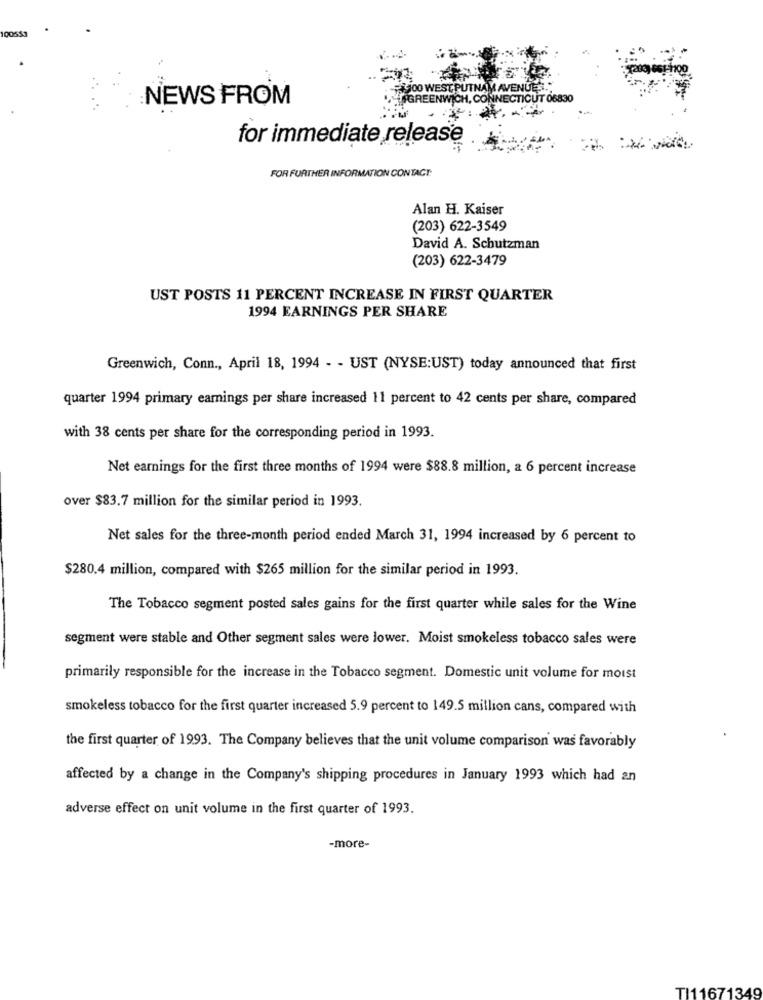
100553
100 WEST PUTNAM AVENUES."
NEWS FROM
NWICH, CONNECTICUT 06830
for immediate release
FOR FURTHER INFORMATION CONTAGT:
Alan H. Kaiser
(203) 622-3549
David A. Schutzman
(203) 622-3479
UST POSTS 11 PERCENT INCREASE IN FIRST QUARTER
1994 EARNINGS PER SHARE
Greenwich, Conn ., April 18, 1994 - - UST (NYSE:UST) today announced that first
quarter 1994 primary earnings per share increased 11 percent to 42 cents per share, compared
with 38 cents per share for the corresponding period in 1993.
Net earnings for the first three months of 1994 were $88.8 million, a 6 percent increase
over $83.7 million for the similar period in 1993.
Net sales for the three-month period ended March 31, 1994 increased by 6 percent to
$280.4 million, compared with $265 million for the similar period in 1993.
The Tobacco segment posted sales gains for the first quarter while sales for the Wine
segment were stable and Other segment sales were lower. Moist smokeless tobacco sales were
primarily responsible for the increase in the Tobacco segment. Domestic unit volume for moist
smokeless tobacco for the first quarter increased 5.9 percent to 149.5 million cans, compared with
the first quarter of 1993. The Company believes that the unit volume comparison was favorably
affected by a change in the Company's shipping procedures in January 1993 which had an
adverse effect on unit volume in the first quarter of 1993.
-more-
TI11671349